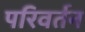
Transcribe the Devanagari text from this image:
परिवर्तन